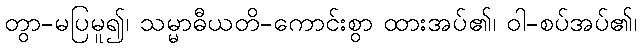
တွာ-မပြမူ၍၊ သမ္မာဓီယတိ-ကောင်းစွာ ထားအပ်၏၊ ဝါ-စပ်အပ်၏၊